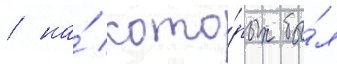
/ на́ кото́рых бы́л